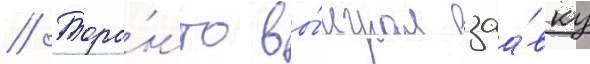
// Торо́нто вы́играл заа́вку